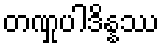
တဏှုပါဒိန္နဿ